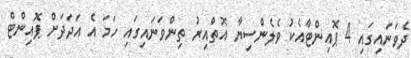
ދެވަނައިގައި 4 ޕޮއިންޓާއެކު ވެލެންސިޔާ އޮތްއިރު ތިންވަނައިގައި ހަމަ އެ އަދަދަށް ޕޮއިންޓް